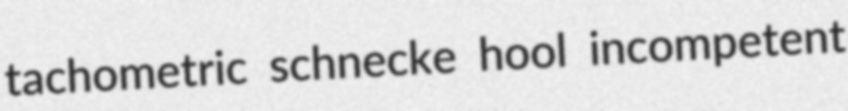
tachometric schnecke hool incompetent